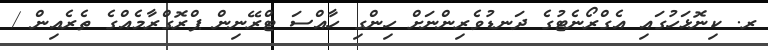
ރ. ކިނޮޅަހުގައި އެގްރޯނެޓުގެ ދަނޑުވެރިންނަށް ހިންގި ހާއްސަ ޓްރޭނިން ޕްރޮގްރާމެއްގެ ތެރެއިން /